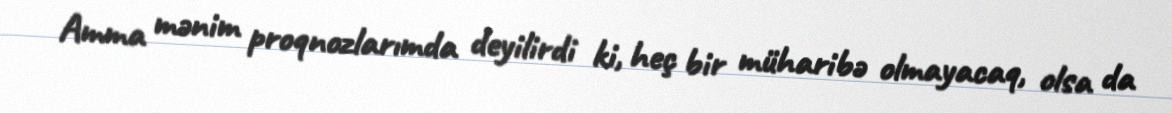
Amma mənim proqnozlarımda deyilirdi ki, heç bir müharibə olmayacaq, olsa da